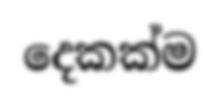
දෙකක්ම